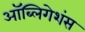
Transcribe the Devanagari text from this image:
ऑब्लिगेशंस